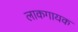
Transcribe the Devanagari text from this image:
लाकगायक